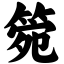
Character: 箢